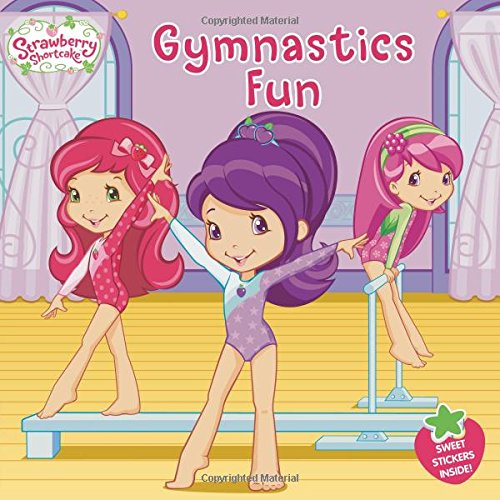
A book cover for Gymnastics Fun (Strawberry Shortcake); Mickie Matheis; Sports & Outdoors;